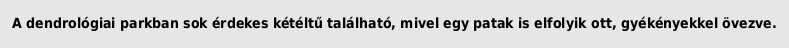
A dendrológiai parkban sok érdekes kétéltű található, mivel egy patak is elfolyik ott, gyékényekkel övezve.